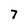
Character: 7